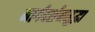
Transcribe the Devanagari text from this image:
मार्गदर्शनसुद्धा